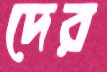
দের